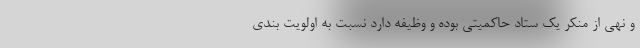
و نهی از منکر یک ستاد حاکمیتی بوده و وظیفه دارد نسبت به اولویت بندی